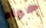
حواء